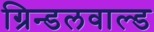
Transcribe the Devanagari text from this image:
ग्रिन्डलवाल्ड